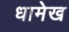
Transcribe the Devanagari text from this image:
धामेख